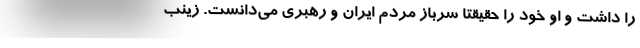
را داشت و او خود را حقیقتاً سرباز مردم ایران و رهبری می‌دانست. زینب